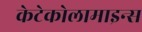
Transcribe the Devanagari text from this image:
केटेकोलामाइन्स